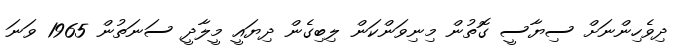
ދިވެހިންނަށް ސިޔާސީ ގޮތުން މިނިވަންކަން ލިބިގެން ދިޔައީ މީލާދީ ސަނަތުން 1965 ވަނަ